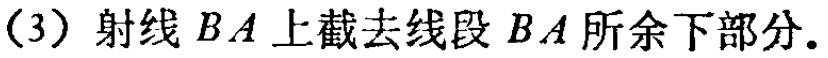
（3）射线 \(BA\) 上截去线段 \(BA\) 所余下部分.